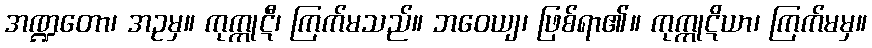
အဏ္ဍတော၊ အဥမှ။ ကုက္ကုဋီ၊ ကြက်မသည်။ ဘဝေယျ၊ ဖြစ်ရာ၏။ ကုက္ကုဋိယာ၊ ကြက်မမှ။